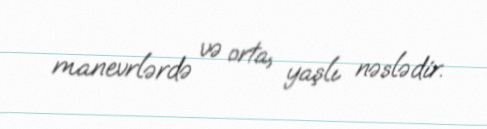
manevrlərdə və orta, yaşlı nəslədir.